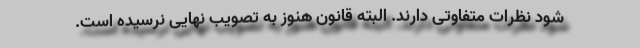
شود نظرات متفاوتی دارند. البته قانون هنوز به تصویب نهایی نرسیده است.